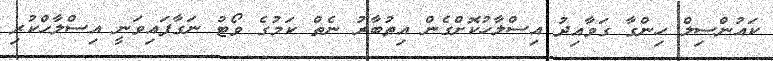
ކައުންސިލް ހިންގާ ގަވާއިދު އިސްލާހުކޮށްގެން އިތުބާރު ނެތް ކަމުގެ ވޯޓު ނަގާފައިވަނީ އިސްލާހްކުރި